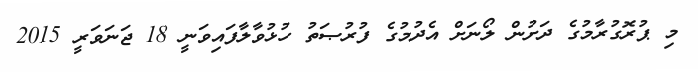
މި ޕުރޮގުރާމުގެ ދަށުން ލޯނަށް އެދުމުގެ ފުރުޞަތު ހުޅުވާލާފައިވަނީ 18 ޖަނަވަރީ 2015